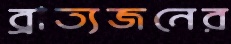
ব্রাত্যজনের